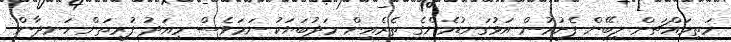
މަތިމައްޗަށް ލިބޭން ފެށުމުން އަޅުގަނޑުމެންގެ ތެރެއިން މަދުބަޔަކު ނަމަވެސް މިއަދު ފުރިތަން ހަނދާން